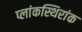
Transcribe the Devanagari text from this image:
प्लांकस्थिरांक